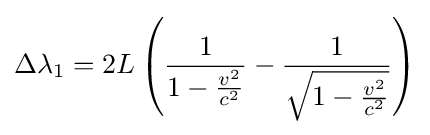
\Delta {\lambda }_{1}=2L\left({\frac {1}{1-{\frac {v^{2}}{c^{2}}}}}-{\frac {1}{\sqrt {1-{\frac {v^{2}}{c^{2}}}}}}\right)